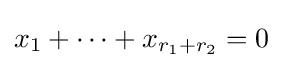
x_{1}+\cdots +x_{r_{1}+r_{2}}=0